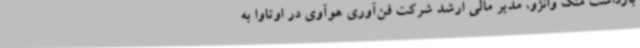
بازداشت منگ وانژو، مدیر مالی ارشد شرکت فن‌آوری هوآوی در اوتاوا به